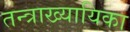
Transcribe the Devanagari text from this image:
तन्त्राख्यायिका